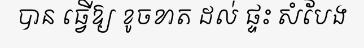
បាន ធ្វើឱ្យ ខូចខាត ដល់ ផ្ទះ សំបែង